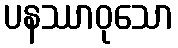
ပနဿာဝုသော